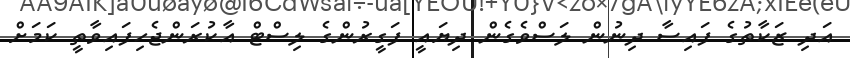
އަދި ޒަކާތުގެ ފައިސާ ދިނުން ލަސްވެގެން ދިޔައީ ފަގީރުންގެ ލިސްޓް އާކުރަންޖެހިފައިވާތީ ކަމަށް